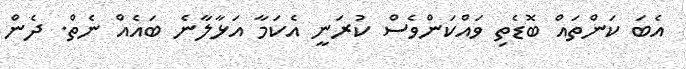
އެބަ ކަންތައް ބޮޑެތި ވައްކަންވެސް ކުރަނީ އެކަމާ އަޅާލާނެ ބައެއް ނެތް. ދެން